Vaccination in Bombay 1889-1901 - 1889-1901
Year: 1889
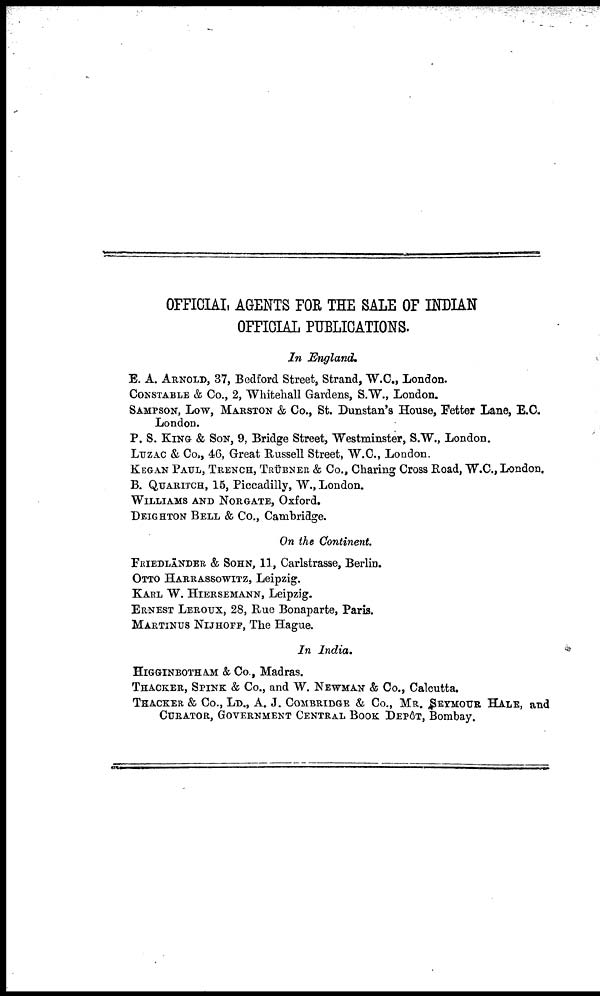
OFFICIAL AGENTS FOR THE SALE OF INDIAN
OFFICIAL PUBLICATIONS.
In England.
E. A. ARNOLD, 37, Bedford Street, Strand, W.C., London.
CONSTABLE & Co., 2, Whitehall Gardens, S.W., London.
SAMPSON, Low, MARSTON & Co., St. Dunstan's House, Fetter Lane, E.C.
London.
P. S. KING & SON, 9, Bridge Street, Westminster, S.W., London.
LUZAC & Co., 46, Great Russell Street, W.C., London.
KEGAN PAUL, TRENCH, TRÜBNER & Co., Charing Cross Road, W.C., London.
B. QUARITCH, 15, Piccadilly, W., London.
WILLIAMS AND NORGATE, Oxford.
DEIGHTON BELL & Co., Cambridge.
On the Continent.
FRIEDLÄNDER & SOHN, 11, Carlstrasse, Berlin.
OTTO HARRASSOWITZ, Leipzig.
KARL W. HIERSEMANN, Leipzig.
ERNEST LEROUX, 28, Rue Bonaparte, Paris.
MARTINUS NIJHOFF, The Hague.
In India.
HIGGINBOTHAM & Co., Madras.
THACKER, SPINK & Co., and W. NEWMAN & Co., Calcutta.
THACKER & Co., LD., A. J. COMBRIDGE & Co., MR. SEYMOUR HALE, and
CURATOR, GOVERNMENT CENTRAL BOOK DEPÔT, Bombay.